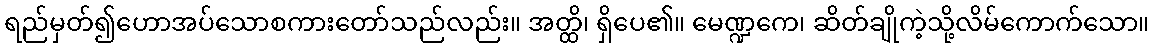
ရည်မှတ်၍ဟောအပ်သောစကားတော်သည်လည်း။ အတ္ထိ၊ ရှိပေ၏။ မေဏ္ဍကေ၊ ဆိတ်ချိုကဲ့သို့လိမ်ကောက်သော။